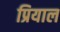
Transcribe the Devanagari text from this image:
प्रियाल